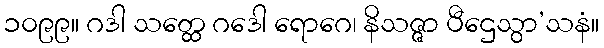
၁၀၉၉။ ဂဒါ သတ္ထေ ဂဒေါ ရောဂေ၊ နိသဇ္ဇာ ပီဌေသွာ’သနံ။